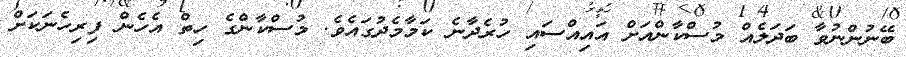
ބޭނުންނުވާ ބަދަލެއް މުސްކާންއަށް އައިއްސައި ހުރެދާނެ ކަމާމެދުގައެވެ. މުސްކާންގެ ހިތް އެހެން ފިރިހެނަކަށް